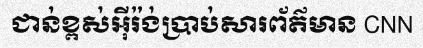
ជាន់ខ្ពស់អ៊ីរ៉ង់ប្រាប់សារព័ត៌មាន CNN